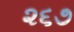
૨૬૭